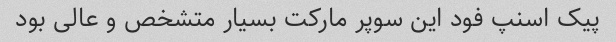
پیک اسنپ فود این سوپر مارکت بسیار متشخص و عالی بود